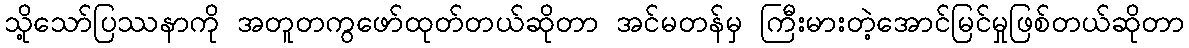
သို့သော်ပြဿနာကို အတူတကွဖော်ထုတ်တယ်ဆိုတာ အင်မတန်မှ ကြီးမားတဲ့အောင်မြင်မှုဖြစ်တယ်ဆိုတာ